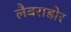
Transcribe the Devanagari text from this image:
लैबराडोर